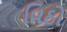
વિઠો